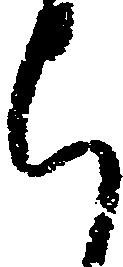
ち